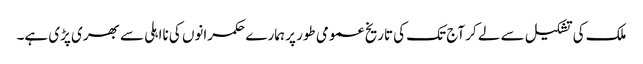
ملک کی تشکیل سے لے کر آج تک کی تاریخ عمومی طور پر ہمارے حکمرانوں کی نااہلی سے بھری پڑی ہے۔